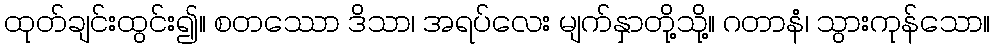
ထုတ်ချင်းထွင်း၍။ စတဿော ဒိသာ၊ အရပ်လေး မျက်နှာတို့သို့။ ဂတာနံ၊ သွားကုန်သော။